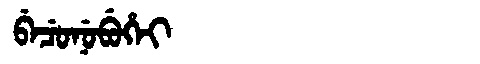
Manchu: ᠪᡝᠴᡠᠨᡠᠪᡠᡥᡝᡳ
Romanization: BECUNUBUHEI